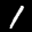
Label: 1